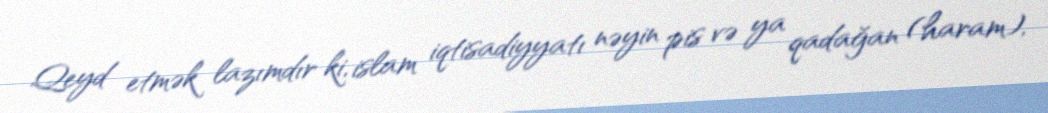
Qeyd etmək lazımdır ki, islam iqtisadiyyatı nəyin pis və ya qadağan (haram),